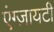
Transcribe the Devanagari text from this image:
एंग्ज़ायटी